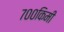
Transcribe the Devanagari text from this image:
७००किमी